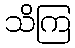
သိကြ